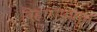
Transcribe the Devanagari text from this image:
विहारापासून